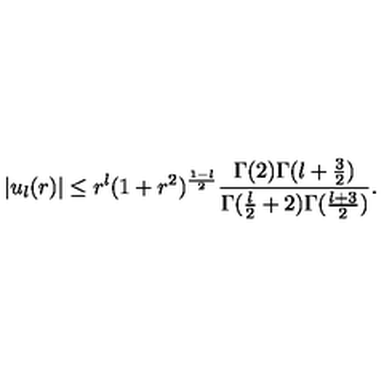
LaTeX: \vert u _ { l } ( r ) \vert \leq r ^ { l } ( 1 + r ^ { 2 } ) ^ { { \frac { 1 - l } { 2 } } } { \frac { \Gamma ( 2 ) \Gamma ( l + { \frac { 3 } { 2 } } ) } { \Gamma ( { \frac { l } { 2 } } + 2 ) \Gamma ( { \frac { l + 3 } { 2 } } ) } } .